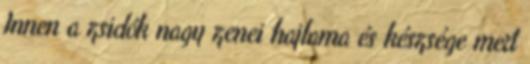
Innen a zsidók nagy zenei hajlama és készsége mert